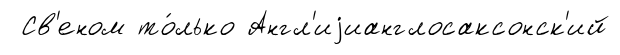
Св'еном то́лько Англ'иjианглосаксонск'ий